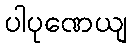
ပါပုဏေယျ